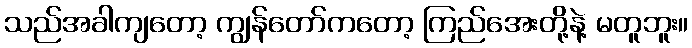
သည်အခါကျတော့ ကျွန်တော်ကတော့ ကြည်အေးတို့နဲ့ မတူဘူး။